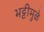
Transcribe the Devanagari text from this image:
भट्टीमुळे